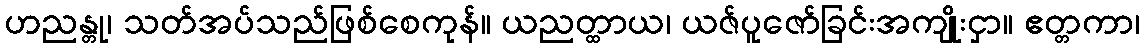
ဟညန္တု၊ သတ်အပ်သည်ဖြစ်စေကုန်။ ယညတ္ထာယ၊ ယဇ်ပူဇော်ခြင်းအကျိုးငှာ။ ဧတ္တကာ၊